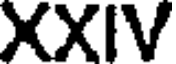
XXIV